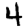
Digit: 4